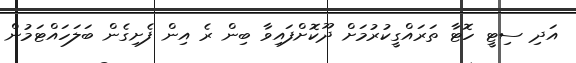
އަދި ސިޓީ ހޮޓާ ތަރައްގީކުރުމަށް ދޫކޮށްފައިވާ ބިން ރެ އިން ފެށިގެން ބަލަހައްޓަމުން